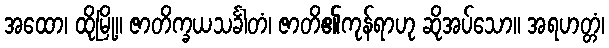
အထော၊ ထိုမြို့။ ဇာတိက္ခယသင်္ခါတံ၊ ဇာတိ၏ကုန်ရာဟု ဆိုအပ်သော။ အရဟတ္တံ၊